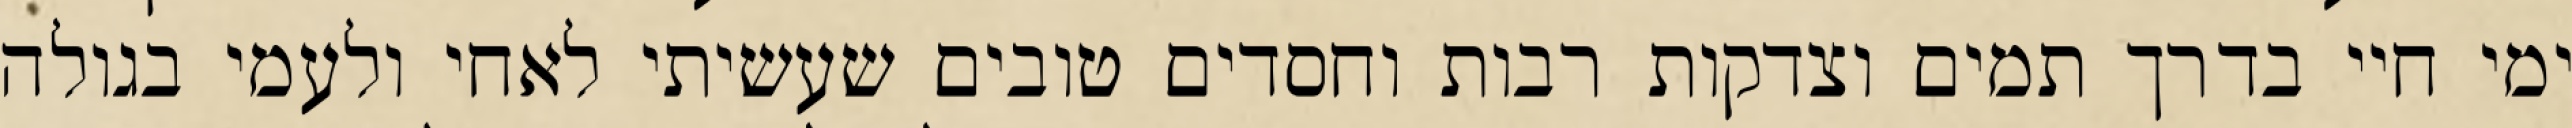
ימי חיי בדרך תמים וצדקות רבות וחסדים טובים שעשיתי לאחי ולעמי בגולה